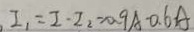
I _ { 1 } = I \cdot I _ { 2 } \approx 0 . 9 A - 0 . 6 A